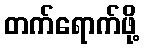
တက်ရောက်ဖို့